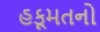
હકૂમતનો